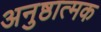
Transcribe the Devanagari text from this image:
अनुष्ठात्मक